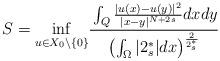
LaTeX: \begin{align*} S=\underset{u\in X_0\setminus\{0\}}{\inf}\cfrac{\int_{Q}\frac{|u(x)-u(y)|^2}{|x-y|^{N+2s}}dxdy}{\left(\int_\Omega|2_s^*|dx\right)^{\frac{2}{2_s^*}}} \end{align*}